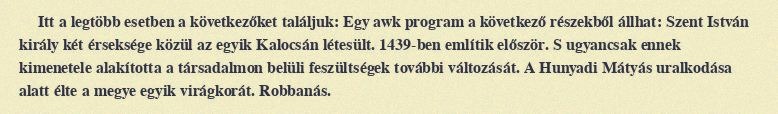
Itt a legtöbb esetben a következőket találjuk: Egy awk program a következő részekből állhat: Szent István király két érseksége közül az egyik Kalocsán létesült. 1439-ben említik először. S ugyancsak ennek kimenetele alakította a társadalmon belüli feszültségek további változását. A Hunyadi Mátyás uralkodása alatt élte a megye egyik virágkorát. Robbanás.